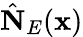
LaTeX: \hat{\mathbf N}_{E}({\mathbf x})